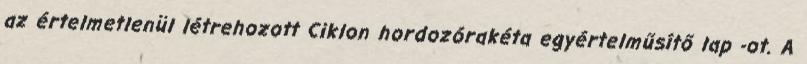
az értelmetlenül létrehozott Ciklon hordozórakéta egyértelműsítő lap -ot. A